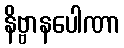
နိဗ္ဗာနပေါဏာ